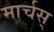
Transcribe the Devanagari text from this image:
मार्चस्